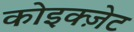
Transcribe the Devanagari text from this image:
कोइक्ज़ेट